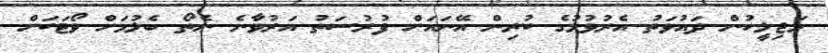
މަޖިލީހުން ދައުވަތު އެރުވުމުގެ ކުރިން އޭނައަށް ފުރުސަތު އަރުވާނެ ނެތޯ ބެލުމަށް ވޯޓަކަށް